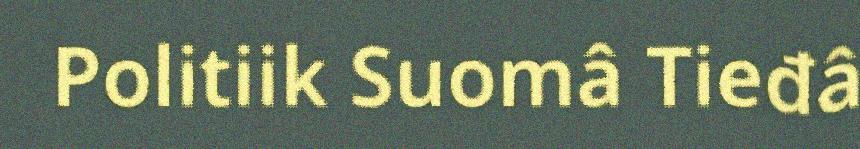
Politiik Suomâ Tieđâ